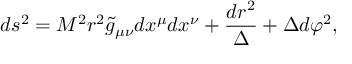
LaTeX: d s ^ { 2 } = M ^ { 2 } r ^ { 2 } { \tilde { g } } _ { \mu \nu } d x ^ { \mu } d x ^ { \nu } + \frac { d r ^ { 2 } } { \Delta } + { \Delta } d { \varphi ^ { 2 } } ,